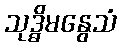
သုဒ္ဓိမနွေသံ